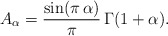
\begin{align*}A_{\alpha} = \frac{\sin(\pi\,\alpha)}{\pi}\,\Gamma(1+\alpha).\end{align*}